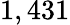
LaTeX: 1,431